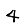
Digit: 4